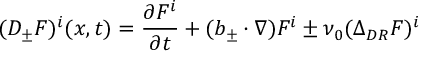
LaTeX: ( D _ { \pm } F ) ^ { i } ( x , t ) = \frac { \partial F ^ { i } } { \partial t } + ( b _ { \pm } \cdot \nabla ) F ^ { i } \pm \nu _ { 0 } ( \Delta _ { D R } F ) ^ { i }